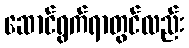
ဆောင်ရွက်ရာတွင်လည်း